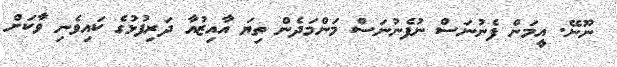
ނޫނޭ. އީމަން ފެނުނަސް ނުފެނުނަސް މަންމަދެން ތިޔަ އާއިޒުއާ ދަރިފުޅުގެ ކައިވެނި ވާކަށް